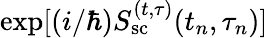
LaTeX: \exp[(i/\hbar)S_{\mathrm{sc}}^{(t,\tau)}(t_{n},\tau_{n})]